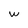
Character: w